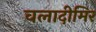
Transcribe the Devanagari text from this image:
वलादीमिर